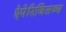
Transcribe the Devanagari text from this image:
ऐपेरिजिसज्म़